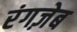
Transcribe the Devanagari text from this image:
रंगज़ेब